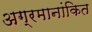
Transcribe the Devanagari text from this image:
अग्रमानांकित